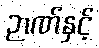
ဉာဏ်နှင့်